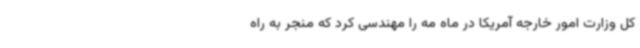
کل وزارت امور خارجه آمریکا در ماه مه را مهندسی کرد که منجر به راه